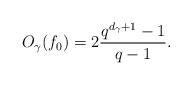
LaTeX: \begin{align*}O_{\gamma}(f_0)= 2\frac{q^{d_\gamma+1}-1}{q-1}.\end{align*}